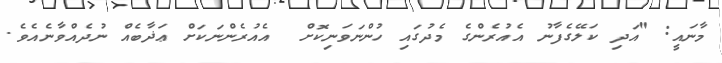
މާނައީ: "އަދި ކަލޭގެފާނު އެއުރެންގެ މެދުގައި ހުންނަވަނިކޮށް  އެއުރެންނަކަށް ޢަޛާބެއް ނުދެއްވާނެއެވެ.